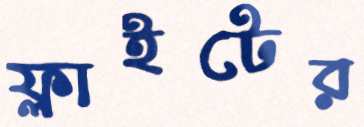
ফ্লাইটের